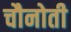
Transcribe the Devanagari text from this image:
चौनोती